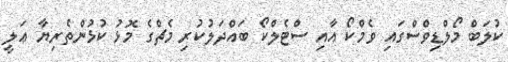
ކުލަބް މޯލްޑިވްސްގައި ވެމްކޯ އާއި ސްޓެލްކޯ ބައްދަލުކުރި މެޗްގެ މޮޅު ކުޅުންތެރިޔާ ޢަލީ